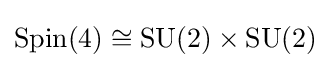
\operatorname {Spin} (4)\cong \operatorname {SU} (2)\times \operatorname {SU} (2)